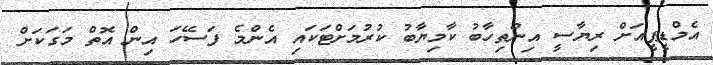
އެމްޑީޕީއަށް ރިޔާސީ އިންތިހާބު ކާމިޔާބު ކުރުމަށްޓަކައި އެންމެ ފަސޭހަ އިން އޮތް މަގަކަށް